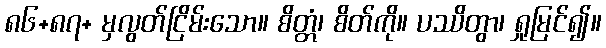
၈၆+၈၇+ မှလွတ်ငြိမ်းသော။ စိတ္တံ၊ စိတ်ကို။ ပဿိတွာ၊ ရှုမြင်၍။